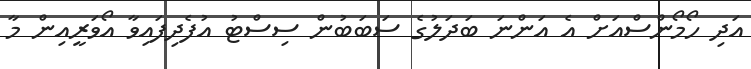
އަދި ހޯމޯންސްއަށް އެ އަންނަ ބަދަލުގެ ސަބަބުން ސިސްޓު އުފެދިފައިވާ އޯވަރީއިން މާ